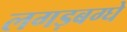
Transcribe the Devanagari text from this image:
लगड़बग्घे